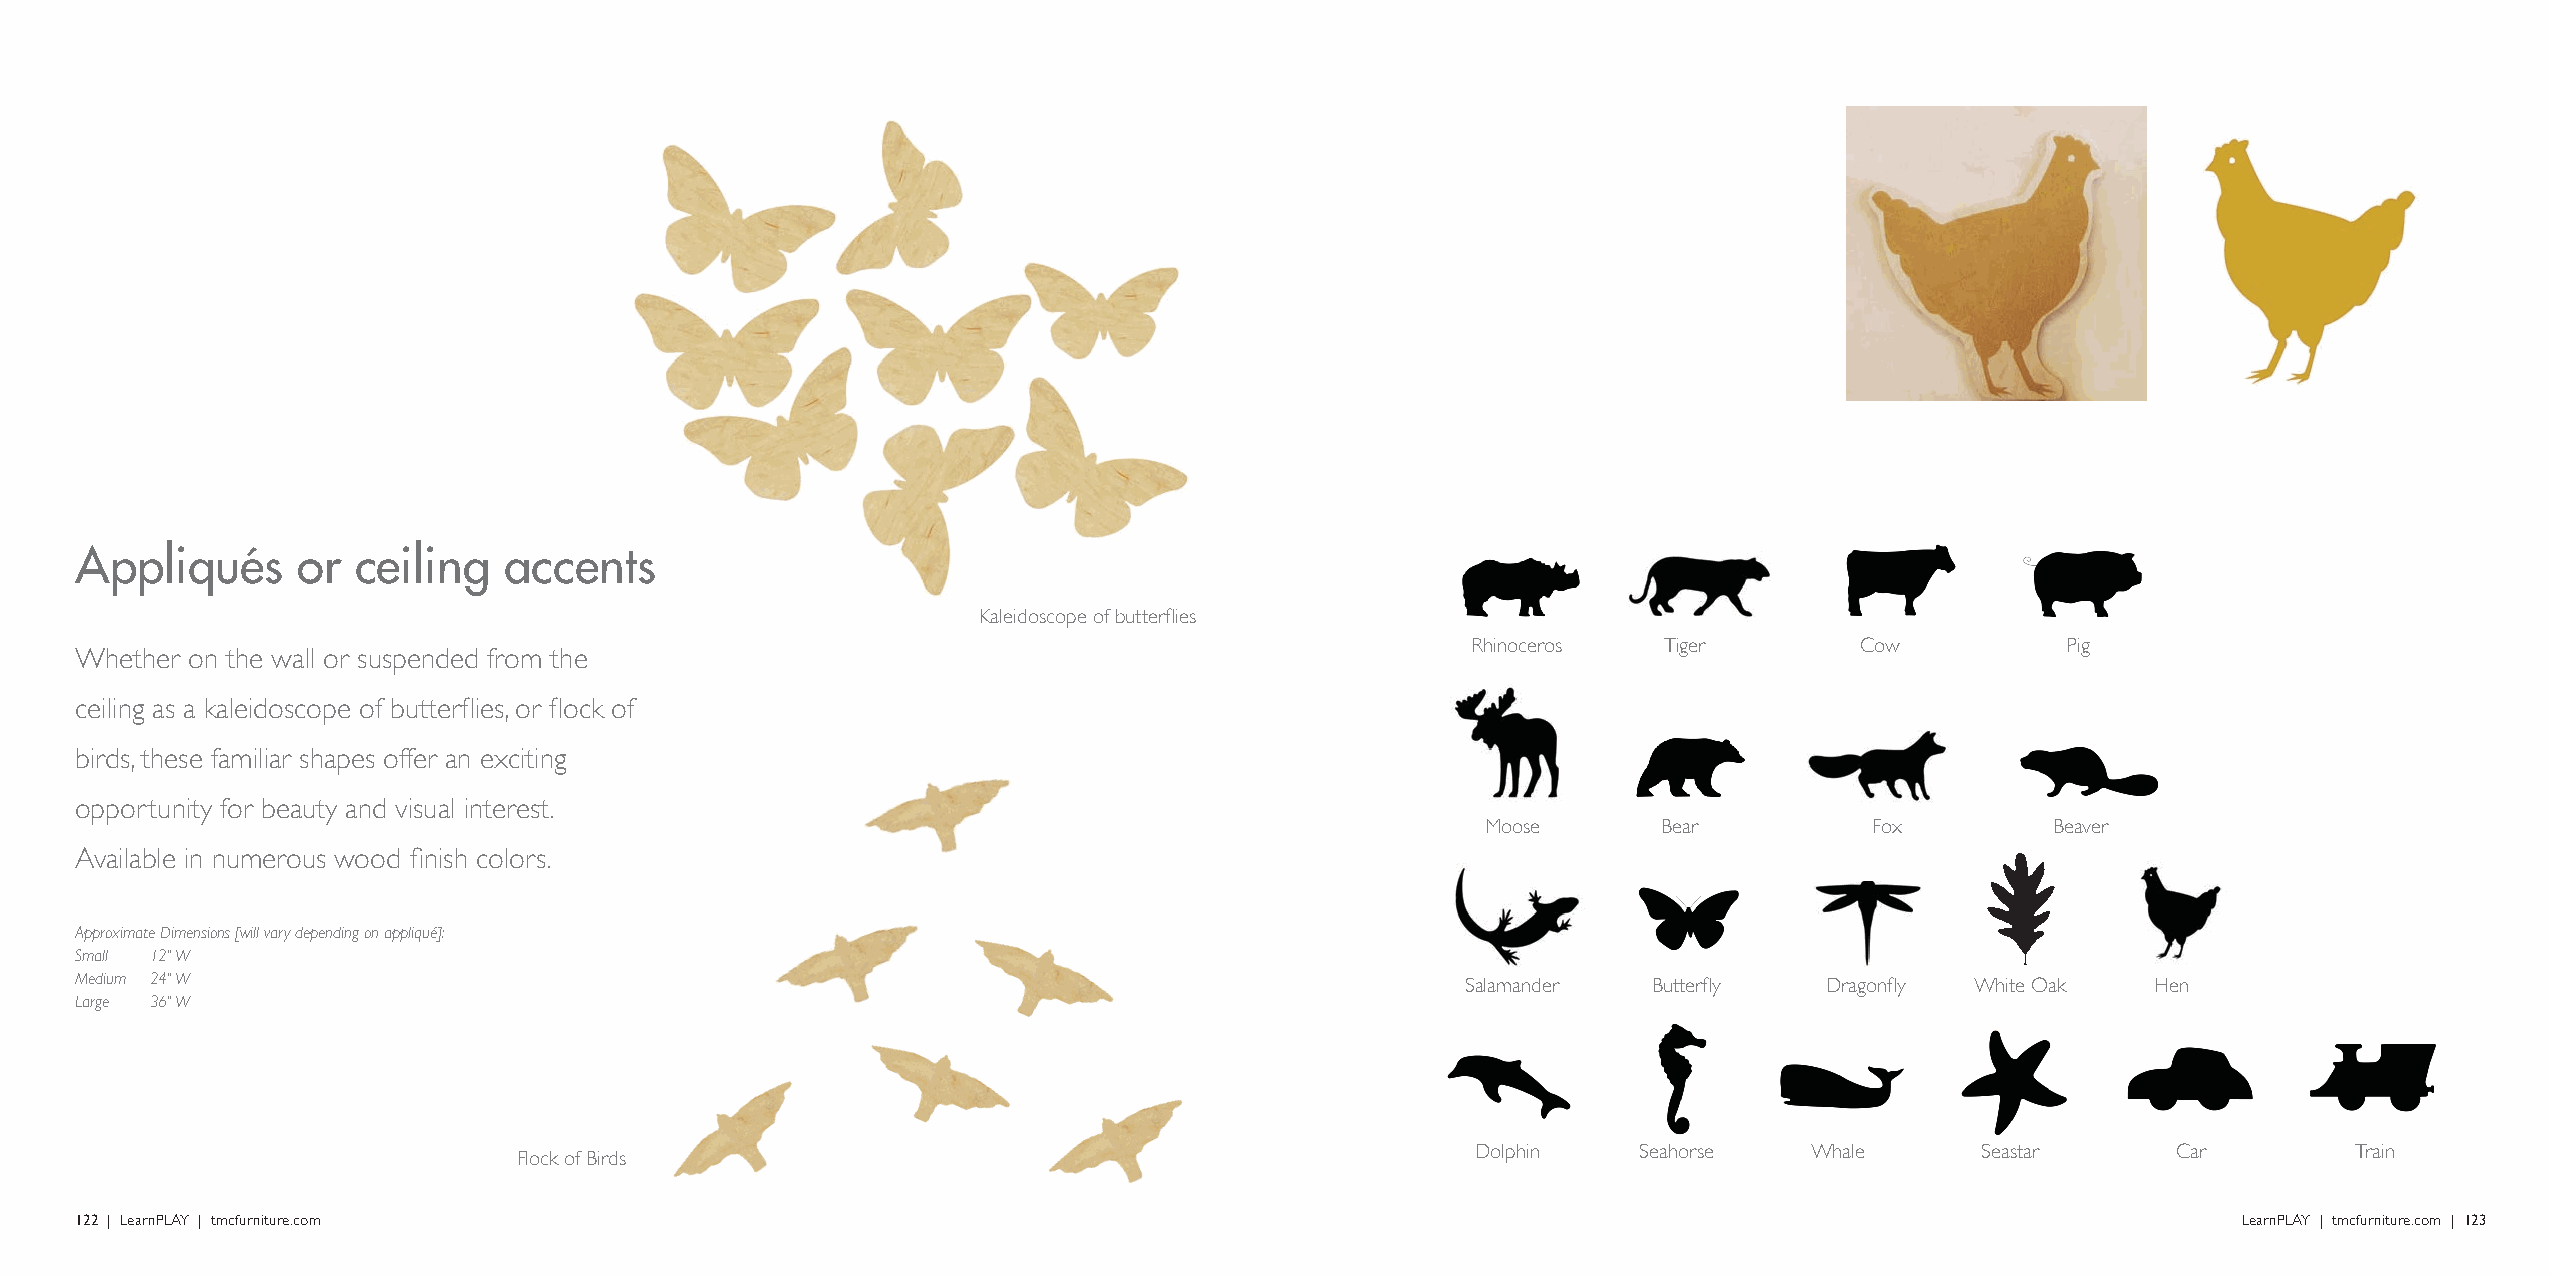
Appliqués      or  ceiling  accents
 Kaleidoscope of butterflies
 Rhinoceros   Tiger        C ow          Pig
 Whether on the wall or suspended from the
 ceiling as a kaleidoscope of butterflies, or flock of
 birds, these familiar shapes offer an exciting
 opportunity for beauty and visual interest.
 Moose       Bear          Fox         Beaver
 Available in numerous wood finish colors.
 Approximate Dimensions [will vary depending on appliqué]:
 Small 12" W
 Medium 24" W                                                                                Salamander  Butterfly   Dragonfly White Oak   Hen
 Large 36" W
 Dolphin    Seahorse   Whale      Seastar      Car         Train
 Flock of Birds
 122 | LearnPLAY | tmcfurniture.com                                                                                                             LearnPLAY | tmcfurniture.com | 123